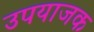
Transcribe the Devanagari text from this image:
उपयाजक